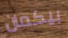
بيكمان